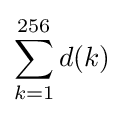
\sum _{k=1}^{256}d(k)